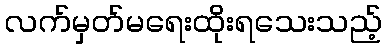
လက်မှတ်မရေးထိုးရသေးသည့်